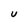
Character: U